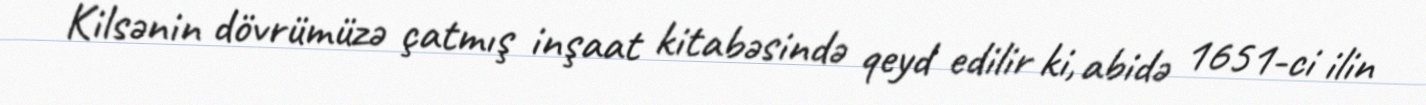
Kilsənin dövrümüzə çatmış inşaat kitabəsində qeyd edilir ki, abidə 1651-ci ilin